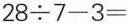
$$2 8 \div 7 - 3 =$$